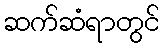
ဆက်ဆံရာတွင်